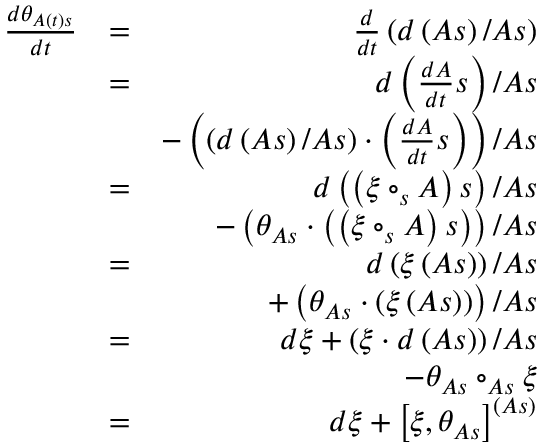
\begin{array} { r l r } { \frac { d \theta _ { A \left( t \right) s } } { d t } } & { = } & { \frac { d } { d t } \left( d \left( A s \right) / A s \right) } \\ & { = } & { d \left( \frac { d A } { d t } s \right) / A s } \\ & { } & { - \left( \left( d \left( A s \right) / A s \right) \cdot \left( \frac { d A } { d t } s \right) \right) / A s } \\ & { = } & { d \left( \left( \xi \circ _ { s } A \right) s \right) / A s } \\ & { } & { - \left( \theta _ { A s } \cdot \left( \left( \xi \circ _ { s } A \right) s \right) \right) / A s } \\ & { = } & { d \left( \xi \left( A s \right) \right) / A s } \\ & { } & { + \left( \theta _ { A s } \cdot \left( \xi \left( A s \right) \right) \right) / A s } \\ & { = } & { d \xi + \left( \xi \cdot d \left( A s \right) \right) / A s } \\ & { } & { - \theta _ { A s } \circ _ { A s } \xi } \\ & { = } & { d \xi + \left[ \xi , \theta _ { A s } \right] ^ { \left( A s \right) } } \end{array}